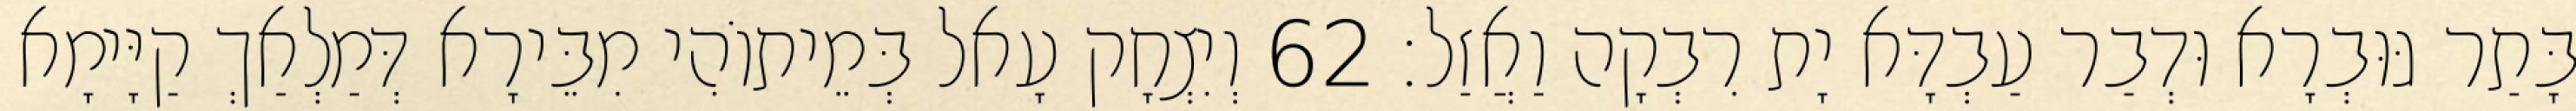
בָּתַר גּוּבְרָא וּדְבַר עַבְדָּא יָת רִבְקָה וַאֲזַל׃ 62 וְיִצְחָק עָאל בְּמֵיתוֹהִי מִבֵּירָא דְּמַלְאַךְ קַיָּימָא